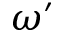
\omega ^ { \prime }